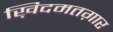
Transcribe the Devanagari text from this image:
ख़िदमतग़ार